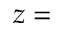
z =